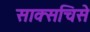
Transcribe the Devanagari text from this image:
साक्सचिसे